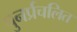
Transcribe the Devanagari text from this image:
पुनर्प्रचलित